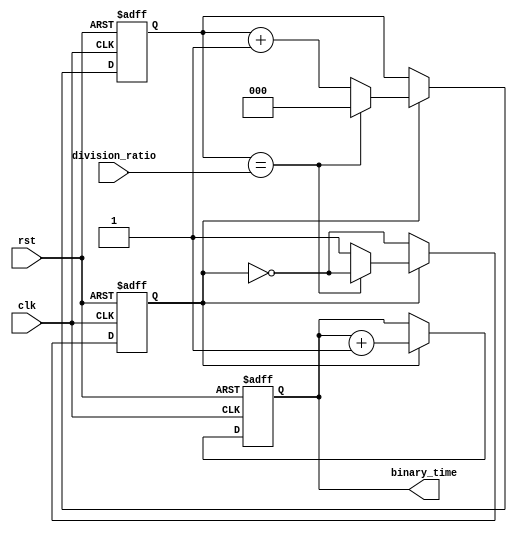
module binary_clock_divider (
    input wire clk,
    input wire rst,
    input wire [2:0] division_ratio,
    output reg [2:0] binary_time
);

reg [2:0] counter;
reg clk_divider;

always @ (posedge clk or posedge rst) begin
    if (rst) begin
        counter <= 3'b0;
        clk_divider <= 1'b0;
    end else begin
        if (clk_divider) begin
            counter <= counter + 1;
            if (counter == division_ratio) begin
                counter <= 3'b0;
                clk_divider <= ~clk_divider;
            end
        end else begin
            clk_divider <= ~clk_divider;
        end
    end
end

always @ (posedge clk or posedge rst) begin
    if (rst) begin
        binary_time <= 3'b0;
    end else begin
        if (clk_divider) begin
            binary_time <= binary_time + 1;
        end
    end
end

endmodule